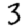
Digit: 3